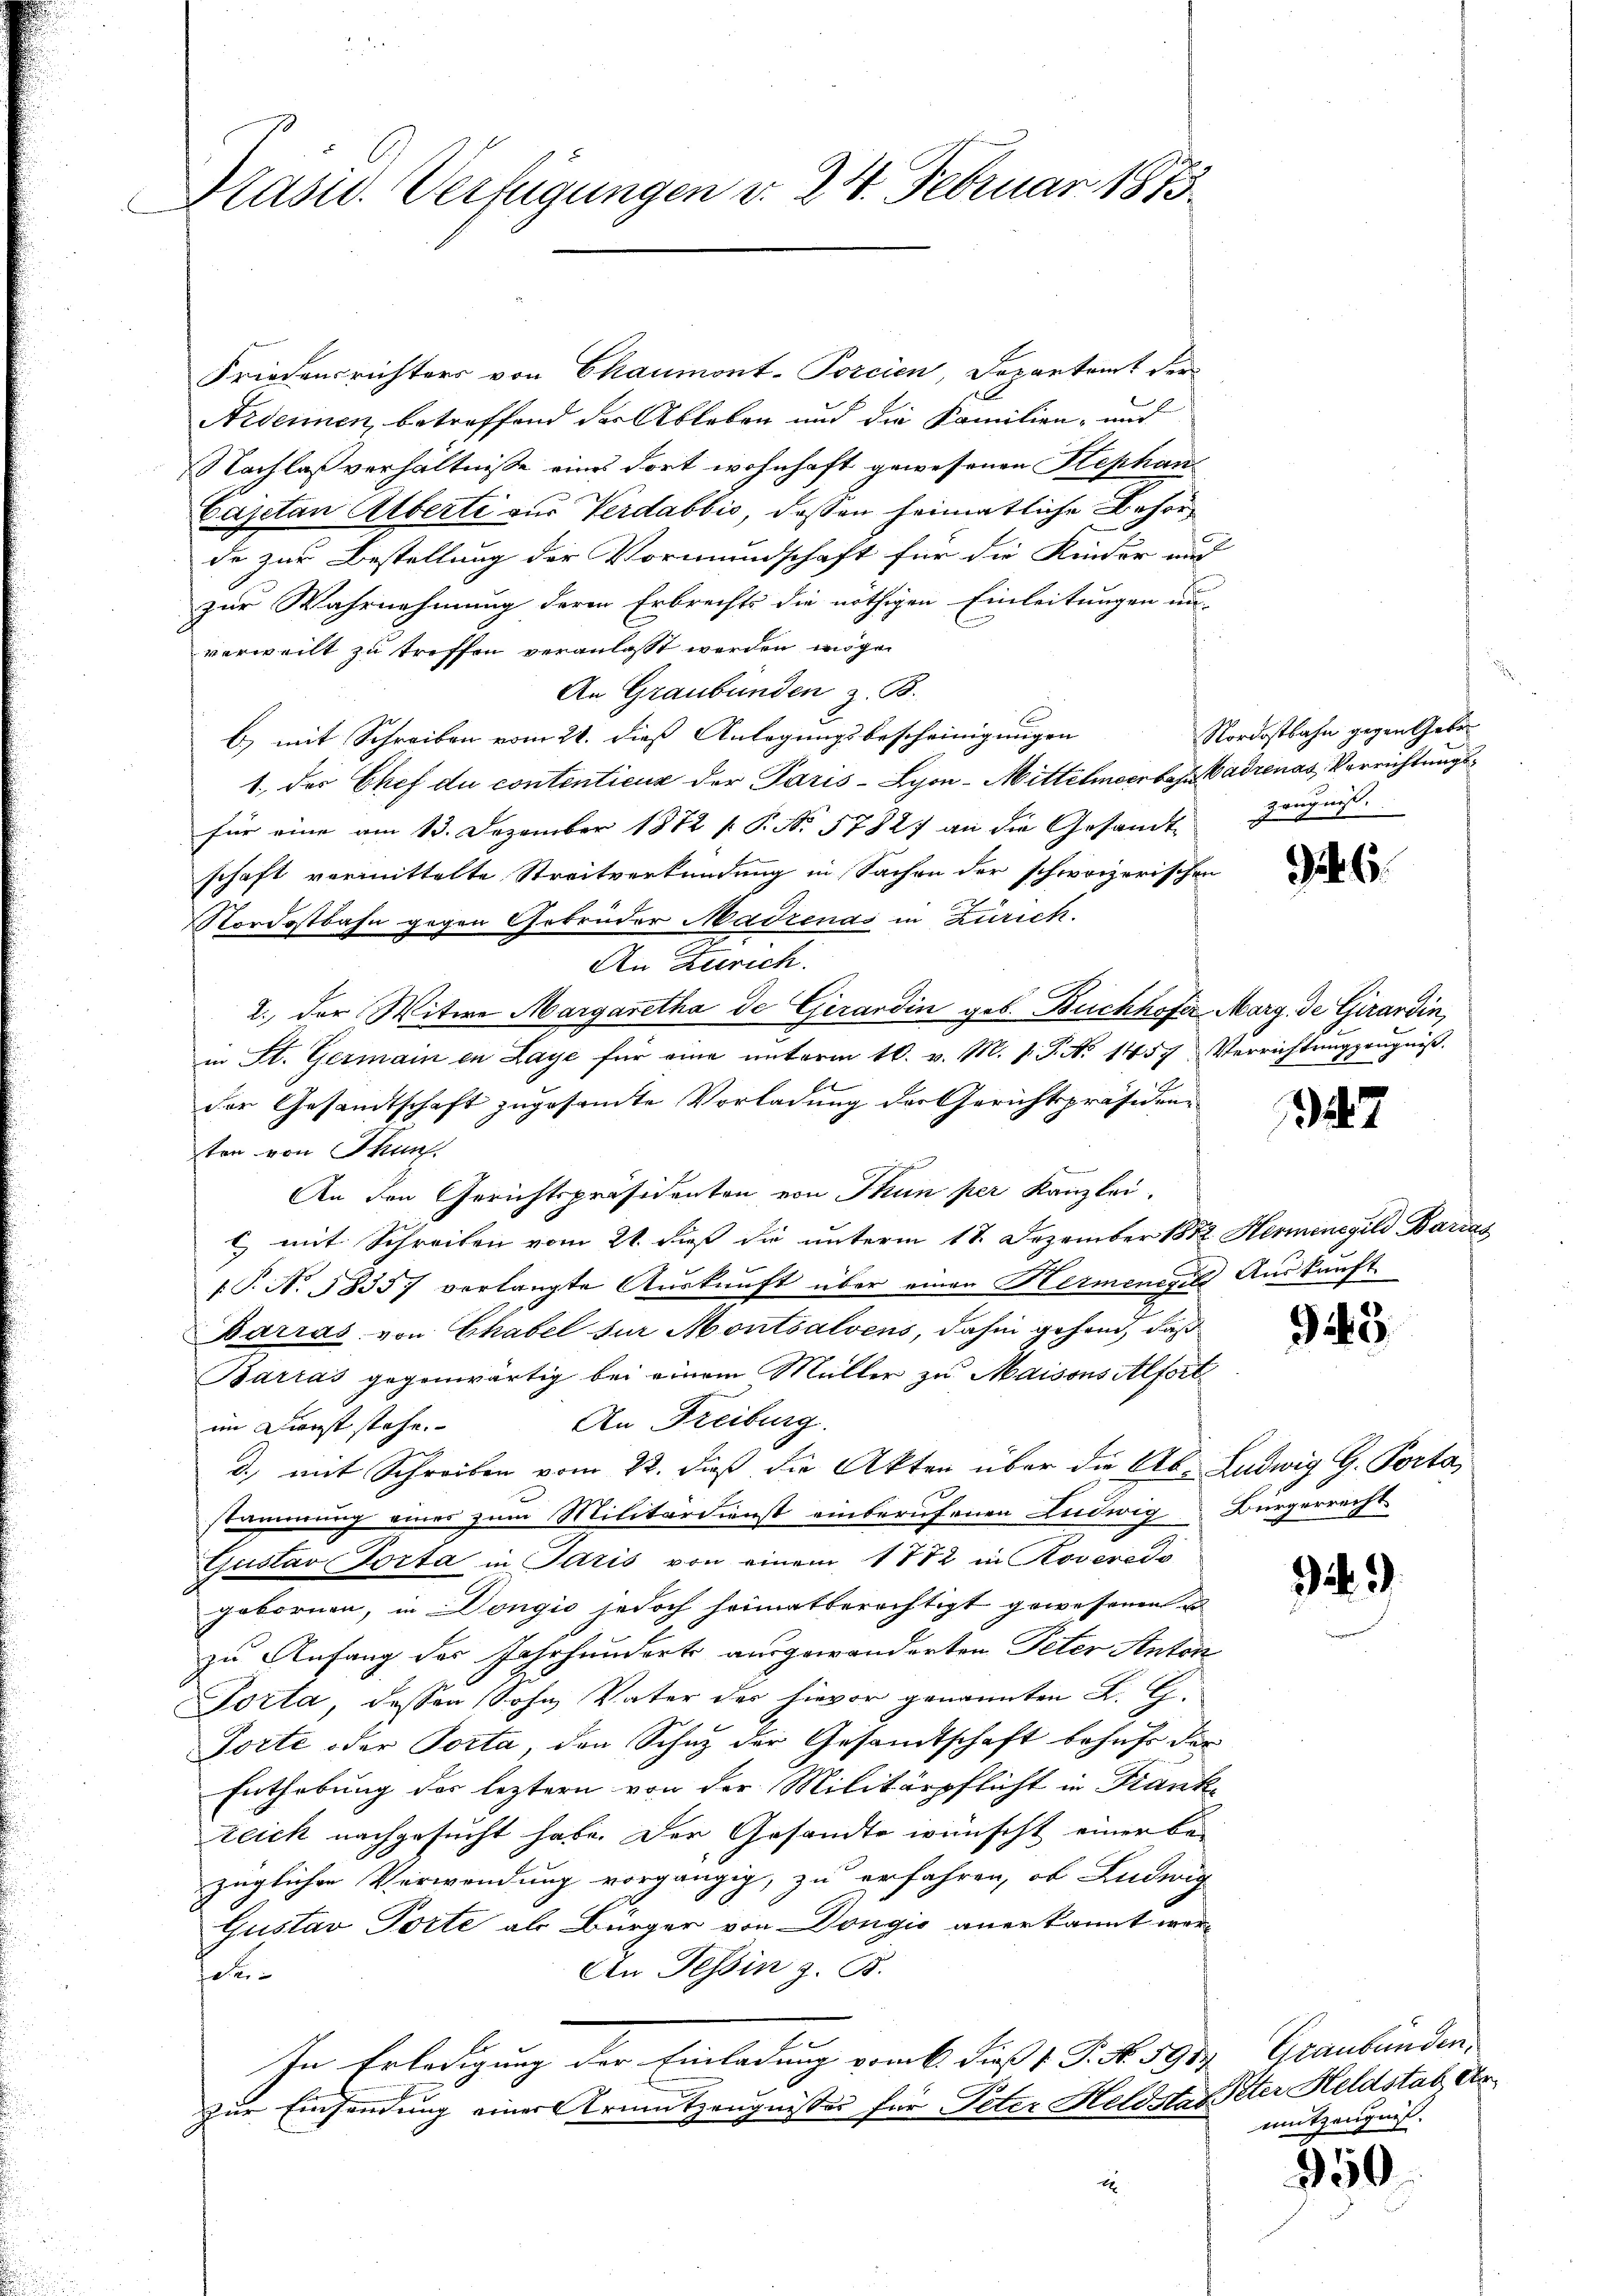
Präsid. Verfügungen d. 24. Februar 1873.

Friedensrichters von Chaumont-Porcien, Sopartamt der
Aidenen, betreffend der Ableben und die Familien- und
Nachlaß verhältniße eines dort wohnhaft gewesenen Hephan
Cajetan Alberte zur Verdabbić, deßen heimatliche Behörde zur Bestellung der Vormundschaft für die Kinder and
zur Wahrnehmung deren Erbrechts die nöthigen Einleitungen un-
verweilt zu treffen veranlasst werden mögen
An Graubünden z. B.
b) mit Schreiben vom 21. dieß Anlegungsbescheinigungen
1., der Chef du contenticus der Paris - Lyon-Mittelmeerbahn adrenas Verrichtungs
für eine am 13. Dezember 1872 f. P. Nr. 57827 an die Gesandtschaft vermittelte Streitverkündung in Sachen der schweizerischen
Nordostbahn gegen Gebrüder Madrenas in Zürich.
An Zürich
2. der Witwe Margaretha de Girardin geb. Buchhofer Marg. de Girardin,
in St. Germain in Laye für eine unterm 16. v. M. v. P. Nr. 1457 Verrichtungzeugniß.
der Gesandtschaft zugesamte Vorladung der Gerichtspräsidenten von Thunf.
An den Gerichtspräsidenten von Thun per Kanzlei.
c mit Schreiben vom 21. dieß die unterm 18. Dezember 1852 Herminegild Barras
[T. N. 58357 verlangte Auskunft über einen Hermenger Auskunft
Barias von Chabel für Montsalvens, dahin gehend, daß
Barras gegenwärtig bei einem Müller zu Maisons Alfort¬
An Freiburg.
im Dienst stehe.
d., mit Schreiben vom 22. dieß die Akten über die Ab. Ludwig G. Porta,
stammung eines zum Militärdienst einberufenen Ludwig Bürgerrecht
Gustav Porta in Paris von einem 1882 in Roveredi
gebornen, in Dongio jedoch heimatberechtigt gewesenen u
zu Anfang des Jahrhunderts ausgewanderten Peter Anton
Porta, dessen Sohn Vater des hievor genannten K. G.
Torte oder Porta, den Schuz der Gesandtschaft behufs der
Enthebung der leztern von der Militärpflicht in Frank
zeich nachgesucht habe. Der Gesandte wünscht einer be-
züglichen Verwendung vorgängig, zu erfahren, ob Ludwig
Gustav Torte als Bürger von Dongio anerkannt wer-
An Tessin z. B.
fatti
In Erledigung der Einladung vom 6. dieß 1 S. No. 591 Graubünden.
zur Einsendung einer Armutzeugnisses für Peter Heldstaeter Heldstab Ar¬
4

Nordostbahn gegen Gebe
Zeugnis.

6

47

23

3

mitzeugnis.

350